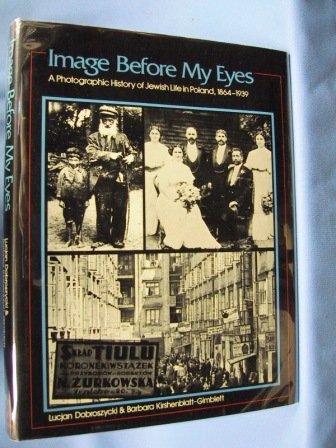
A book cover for Image Before My Eyes; Lucjan Dobroszycki; Travel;